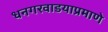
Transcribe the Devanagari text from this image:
धनगरवाडयाप्रमाणे